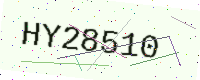
Text: HY28510